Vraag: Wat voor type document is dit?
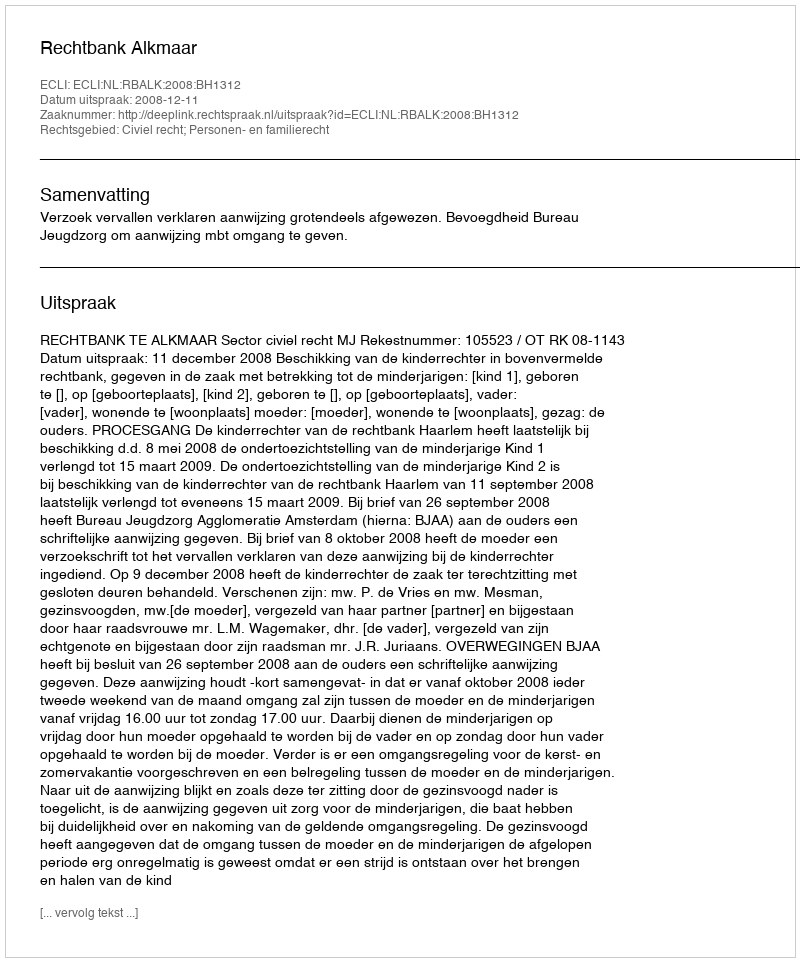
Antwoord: Uitspraak